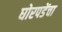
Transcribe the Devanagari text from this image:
घोरपडेंचा